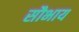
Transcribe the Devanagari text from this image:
सौभाय